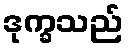
ဒုက္ခသည်